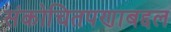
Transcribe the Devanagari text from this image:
संकोचितपणाबद्दल